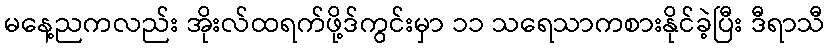
မနေ့ညကလည်း အိုးလ်ထရက်ဖို့ဒ်ကွင်းမှာ ၁၁ သရေသာကစားနိုင်ခဲ့ပြီး ဒီရာသီ